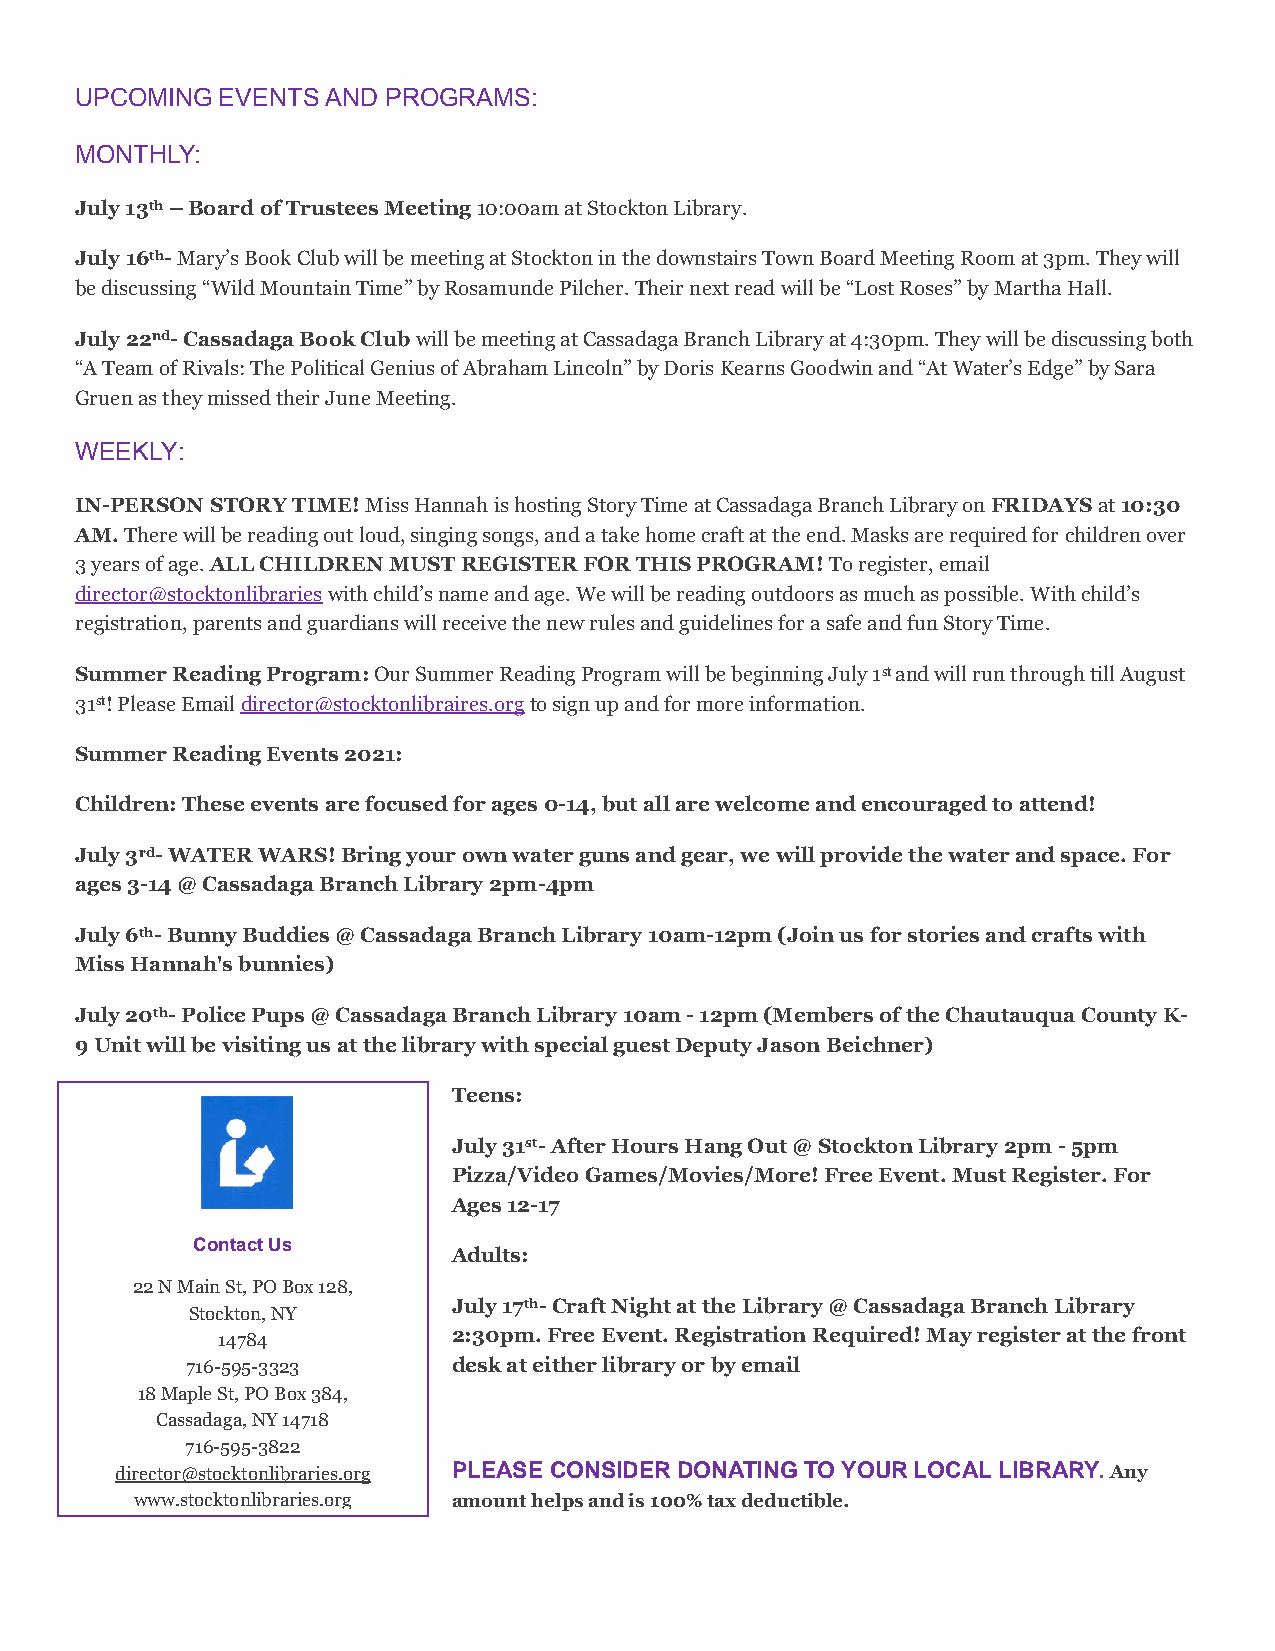
UPCOMING  EVENTS AND PROGRAMS:
 MONTHLY:
 July 13th – Board of Trustees Meeting 10:00am at Stockton Library.
 July 16th- Mary’s Book Club will be meeting at Stockton in the downstairs Town Board Meeting Room at 3pm. They will
 be discussing “Wild Mountain Time” by Rosamunde Pilcher. Their next read will be “Lost Roses” by Martha Hall.
 July 22nd- Cassadaga Book Club will be meeting at Cassadaga Branch Library at 4:30pm. They will be discussing both
 “A Team of Rivals: The Political Genius of Abraham Lincoln” by Doris Kearns Goodwin and “At Water’s Edge” by Sara
 Gruen as they missed their June Meeting.
 WEEKLY:
 IN-PERSON STORY TIME! Miss Hannah is hosting Story Time at Cassadaga Branch Library on FRIDAYS at 10:30
 AM. There will be reading out loud, singing songs, and a take home craft at the end. Masks are required for children over
 3 years of age. ALL CHILDREN MUST REGISTER FOR THIS PROGRAM! To register, email
 director@stocktonlibraries with child’s name and age. We will be reading outdoors as much as possible. With child’s
 registration, parents and guardians will receive the new rules and guidelines for a safe and fun Story Time.
 Summer Reading Program: Our Summer Reading Program will be beginning July 1st and will run through till August
 31st! Please Email director@stocktonlibraires.org to sign up and for more information.
 Summer Reading Events 2021:
 Children: These events are focused for ages 0-14, but all are welcome and encouraged to attend!
 July 3rd- WATER WARS! Bring your own water guns and gear, we will provide the water and space. For
 ages 3-14 @ Cassadaga Branch Library 2pm-4pm
 July 6th- Bunny Buddies @ Cassadaga Branch Library 10am-12pm (Join us for stories and crafts with
 Miss Hannah's bunnies)
 July 20th- Police Pups @ Cassadaga Branch Library 10am - 12pm (Members of the Chautauqua County K-
 9 Unit will be visiting us at the library with special guest Deputy Jason Beichner)
 Teens:
 July 31st- After Hours Hang Out @ Stockton Library 2pm - 5pm
 Pizza/Video Games/Movies/More! Free Event. Must Register. For
 Ages 12-17
 Contact Us
 Adults:
 22 N Main St, PO Box 128,
 July 17th- Craft Night at the Library @ Cassadaga Branch Library
 Stockton, NY
 14784           2:30pm. Free Event. Registration Required! May register at the front
 716-595-3323      desk at either library or by email
 18 Maple St, PO Box 384,
 Cassadaga, NY 14718
 716-595-3822
 director@stocktonlibraries.org PLEASE CONSIDER DONATING TO YOUR LOCAL LIBRARY. Any
 www.stocktonlibraries.org amount helps and is 100% tax deductible.